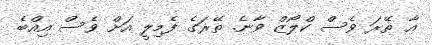
އާ ތޭރަ ވެސް ކްލޯޒް ވާނެ. ތޭރަގެ ފެމިލީ އަށް ވެސް އިއްބެ